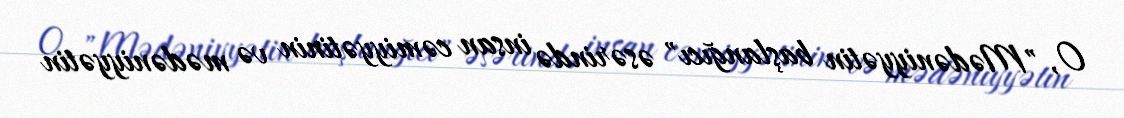
O, "Mədəniyyətin başlanğıcı" əsərində insan cəmiyyətinin və mədəniyyətin